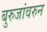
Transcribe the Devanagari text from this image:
बुरुजांवरुन